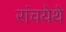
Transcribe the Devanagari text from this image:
रांचयेथे